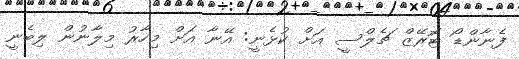
ފެނާންޑޯ ޓޮރޭޒް ޗެލްސީ އަށް ކުޅެނީ: އޭނާ އަށް މިހާރު މިލާނުން ލިބެނީ